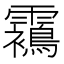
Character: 𩆳